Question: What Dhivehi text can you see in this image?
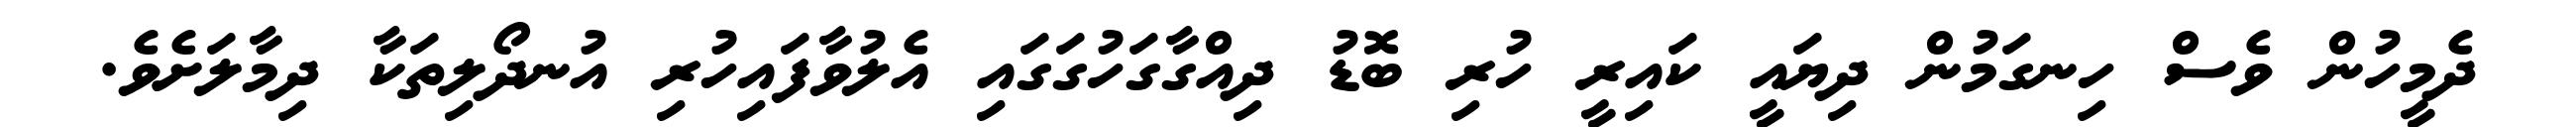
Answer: ދެމީހުން ވެސް ހިނގަމުން ދިޔައީ ކައިރީ ހުރި ބޮޑު ދިއްގާގަހުގަގައި އެލުވާފައިހުރި އުނދޯލިތަކާ ދިމާލަށެވެ.